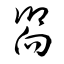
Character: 嚮